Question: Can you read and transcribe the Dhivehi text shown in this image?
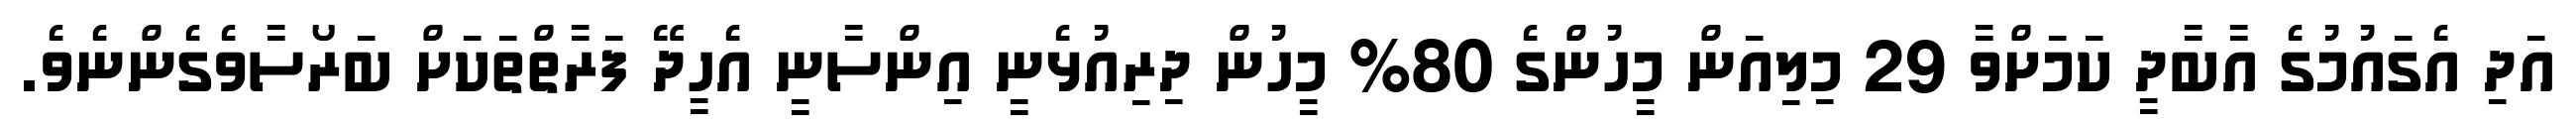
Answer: އަދި އެގައުމުގެ އާބާދީ ކަމަށްވާ 29 މިލިއަން މީހުންގެ 80% މީހުން ދިރިއުޅެނީ އިންސާނީ އެހީދޭ ފަރާތްތަކަށް ބަރޯސާވެގެންނެވެ.